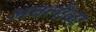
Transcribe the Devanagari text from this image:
अवलीळा